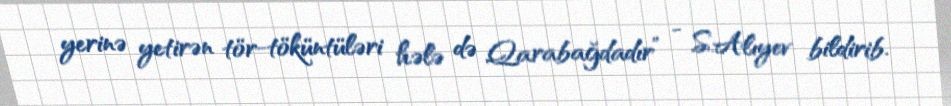
yerinə yetirən tör-töküntüləri hələ də Qarabağdadır” - S.Alıyev bildirib.